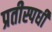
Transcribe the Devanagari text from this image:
प्रतीस्पर्धी